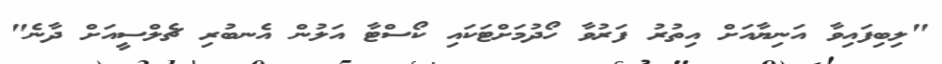
"ލިބިފައިވާ އަނިޔާއަށް އިތުރު ފަރުވާ ހޯދުމަށްޓަކައި ކޯސްޓާ އަލުން އެނބުރި ޗެލްސީއަށް ދާނެ"